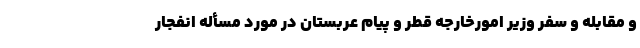
و مقابله و سفر وزیر امورخارجه قطر و پیام عربستان در مورد مسأله انفجار